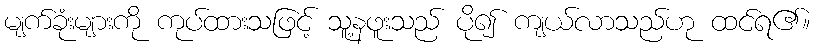
မျက်ခုံးများကို ကုပ်ထားသဖြင့် သူ့နဖူးသည် ပို၍ ကျယ်လာသည်ဟု ထင်ရ၏။